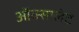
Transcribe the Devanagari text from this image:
ऑक्सालेट